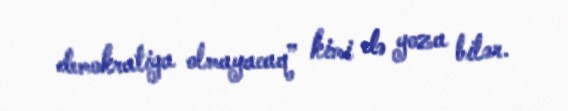
demokratiya olmayacaq” kimi də yoza bilər.